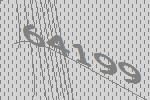
64199